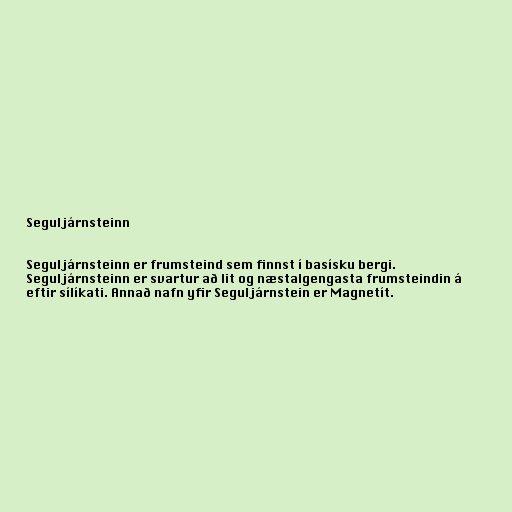
Seguljárnsteinn

Seguljárnsteinn er frumsteind sem finnst í basísku bergi.
Seguljárnsteinn er svartur að lit og næstalgengasta frumsteindin á
eftir sílíkati. Annað nafn yfir Seguljárnstein er Magnetít.